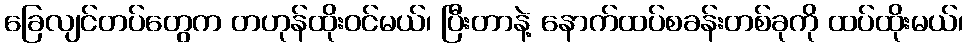
ခြေလျင်တပ်တွေက တဟုန်ထိုးဝင်မယ်၊ ပြီးတာနဲ့ နောက်ထပ်စခန်းတစ်ခုကို ထပ်ထိုးမယ်၊